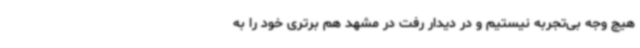
هیچ وجه بی‌تجربه نیستیم و در دیدار رفت در مشهد هم برتری خود را به